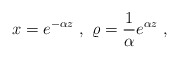
\begin{align*}x=e^{-\alpha z}\ ,\ \varrho={1 \over \alpha} e^{\alpha z} \ ,\end{align*}